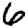
Digit: 6